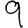
Digit: 9